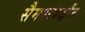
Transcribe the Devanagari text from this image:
सैमपरवाइरैंस